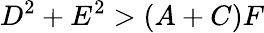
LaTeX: D^{2}+E^{2}>(A+C)F